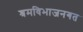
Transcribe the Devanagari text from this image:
श्रमविभाजनगत